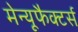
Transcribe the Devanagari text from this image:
मेन्यूफैक्टर्स